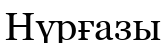
Нүрғазы